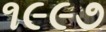
૧૯૯૭